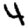
Digit: 4